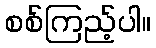
စစ်ကြည့်ပါ။